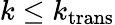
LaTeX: k\leq k_{\mathrm{trans}}